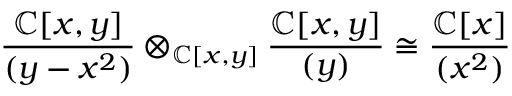
{ \frac { \mathbb { C } [ x , y ] } { ( y - x ^ { 2 } ) } } \otimes _ { \mathbb { C } [ x , y ] } { \frac { \mathbb { C } [ x , y ] } { ( y ) } } \cong { \frac { \mathbb { C } [ x ] } { ( x ^ { 2 } ) } }